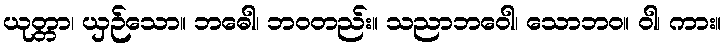
ယုတ္တာ၊ ယှဉ်သော။ ဘဓေါ၊ ဘဝတည်း။ သညာဘဝေါ၊ သောဘဝ။ ဝါ၊ ကား။